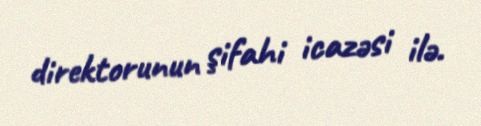
direktorunun şifahi icazəsi ilə.